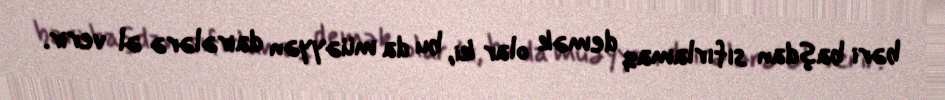
bəri başdan sıfırlamaq demək olar ki, bu da müəyyən dairələrə əl verir.